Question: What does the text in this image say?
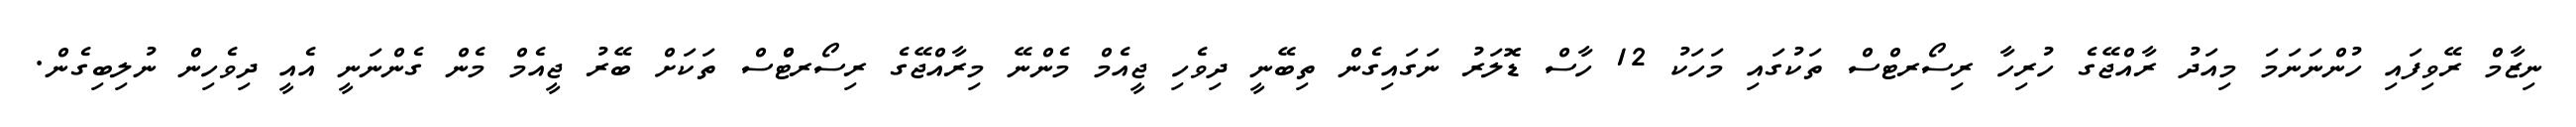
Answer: ނިޒާމް ރޭވިފައި ހުންނަނަމަ މިއަދު ރާއްޖޭގެ ހުރިހާ ރިސޯރޓްސް ތަކުގައި މަހަކު 12 ހާސް ޑޮލަރު ނަގައިގެން ތިބޭނީ ދިވެހި ޖީއެމް މެންނޭ މިރާއްޖޭގެ ރިސޯރޓްްސް ތަކަށް ބޭރު ޖީއެމް މެން ގެންނަނީ އެއީ ދިވެހިން ނުލިބިގެން.